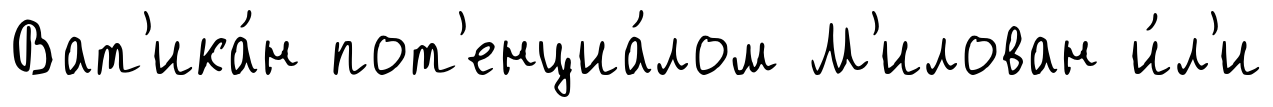
Ват'ика́н пот'енциа́лом М'илован и́л'и